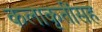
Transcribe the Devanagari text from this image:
कलाकृतींसह